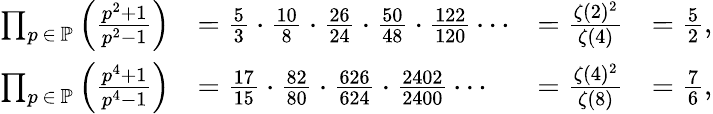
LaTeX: {\begin{array}{rlrl}{\prod_{p\, \in\, \mathbb{P}}\left({\frac{p^{2}+1}{p^{2}-1}}\right)}&{={\frac{5}{3}}\cdot{\frac{10}{8}}\cdot{\frac{26}{24}}\cdot{\frac{50}{48}}\cdot{\frac{122}{120}}\cdots}&{={\frac{\zeta(2)^{2}}{\zeta(4)}}}&{={\frac{5}{2}},}\\ {\prod_{p\, \in\, \mathbb{P}}\left({\frac{p^{4}+1}{p^{4}-1}}\right)}&{={\frac{17}{15}}\cdot{\frac{82}{80}}\cdot{\frac{626}{624}}\cdot{\frac{2402}{2400}}\cdots}&{={\frac{\zeta(4)^{2}}{\zeta(8)}}}&{={\frac{7}{6}},}\end{array}}